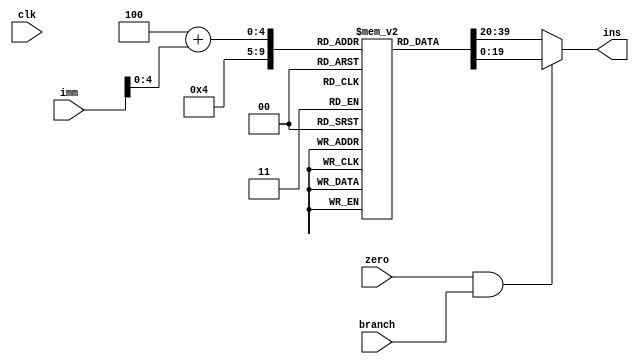
`timescale 1ns / 1ps
//////////////////////////////////////////////////////////////////////////////////
// Company: 
// Engineer: 
// 
// Design Name: 
// Module Name:    Instruction_Memory 
// Project Name: 
// Target Devices: 
// Tool versions: 
// Description: 
//
// Dependencies: 
//
// Revision: 
// Revision 0.01 - File Created
// Additional Comments: 
//
//////////////////////////////////////////////////////////////////////////////////
module Instruction_Memory(clk, zero, branch, imm, ins
    );
	 input clk;
	 input zero;
	 input branch;
	 input [19:0] imm;
	 output reg [19:0] ins;
	 
	 reg branch_taken;
	 reg [19:0] instructions [19:0];
	 assign input_counter = 0;
	 reg [19:0] output_counter;
	 
	 always @(*)
    begin
    branch_taken= zero && branch;
    if(branch_taken == 0)
    begin
	    output_counter = input_counter;
	    output_counter = output_counter + 4;
	    ins = instructions[output_counter];
    end
    else
    begin
	    output_counter = input_counter;
	    output_counter = output_counter+4+(imm);
	    ins = instructions[output_counter];
    end
    end
endmodule